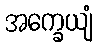
အက္ခေယျံ